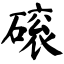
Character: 磙